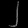
Digit: ၂